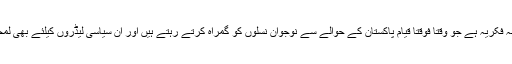
یہ حقیقت پاکستان کے اُن سیکولر حضرات کے لئے بھی لمحۂ فکریہ ہے جو وقتاً فوقتاً قیامِ پاکستان کے حوالے سے نوجوان نسلوں کو گمراہ کرتے رہتے ہیں اور ان سیاسی لیڈروں کیلئے بھی لمحۂ فکریہ ہے جنہیں پاکستان کی مخالفت ورثے میں ملی ہے۔